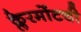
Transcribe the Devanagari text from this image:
क्लेरमोंटची